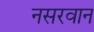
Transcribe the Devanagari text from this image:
नसरवान